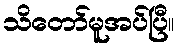
သိတော်မူအပ်ပြီ။